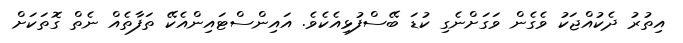
އިތުރު ދެކުއްޖަކު ވެގެން ވަގަށްނެގި ކުޑަ ބޭސްފުޅިއެކެވެ. އައިންސްޓައިންއެކޭ ތަފާތެއް ނެތް ގޮތަކަށް